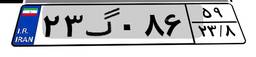
۲۳گ۰۸۶۵۹